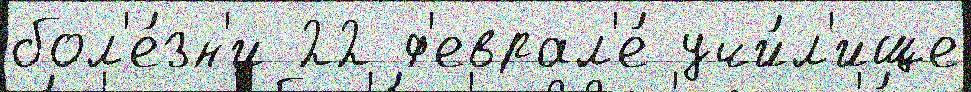
бол'е́зн'и 22 ф'еврал'е́ учи́л'ище